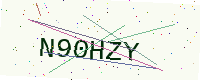
Text: N90HZY